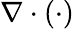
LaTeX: \nabla\cdot\left(\cdot\right)